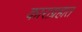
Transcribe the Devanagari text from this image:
काराग्रहात